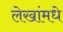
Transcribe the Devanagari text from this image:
लेखांमधे